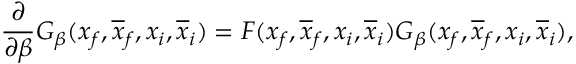
\frac { \partial } { \partial \beta } G _ { \beta } ( x _ { f } , \overline { { { x } } } _ { f } , x _ { i } , \overline { { { x } } } _ { i } ) = F ( x _ { f } , \overline { { { x } } } _ { f } , x _ { i } , \overline { { { x } } } _ { i } ) G _ { \beta } ( x _ { f } , \overline { { { x } } } _ { f } , x _ { i } , \overline { { { x } } } _ { i } ) ,